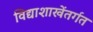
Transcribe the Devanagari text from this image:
विद्याशाखेंतर्गत